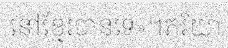
នៅខ្មែរបានទេ»។ភរិយា